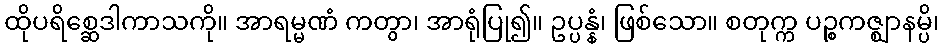
ထိုပရိစ္ဆေဒါကာသကို။ အာရမ္မဏံ ကတွာ၊ အာရုံပြု၍။ ဥပ္ပန္နံ၊ ဖြစ်သော။ စတုက္က ပဉ္စကဇ္ဈာနမ္ပိ၊